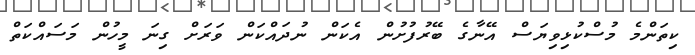
ކިތަންމެ މުސްކުޅިވިޔަސް އޭނާގެ ބޭރުފުށުން އެކަން ނުދައްކަން ވަރަށް ގިނަ މީހުން މަސައްކަތް